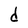
Character: d